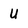
Character: U